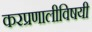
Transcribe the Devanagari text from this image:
करप्रणालीविषयी